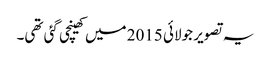
یہ تصویر جولائی 2015 میں کھینچی گئی تھی۔